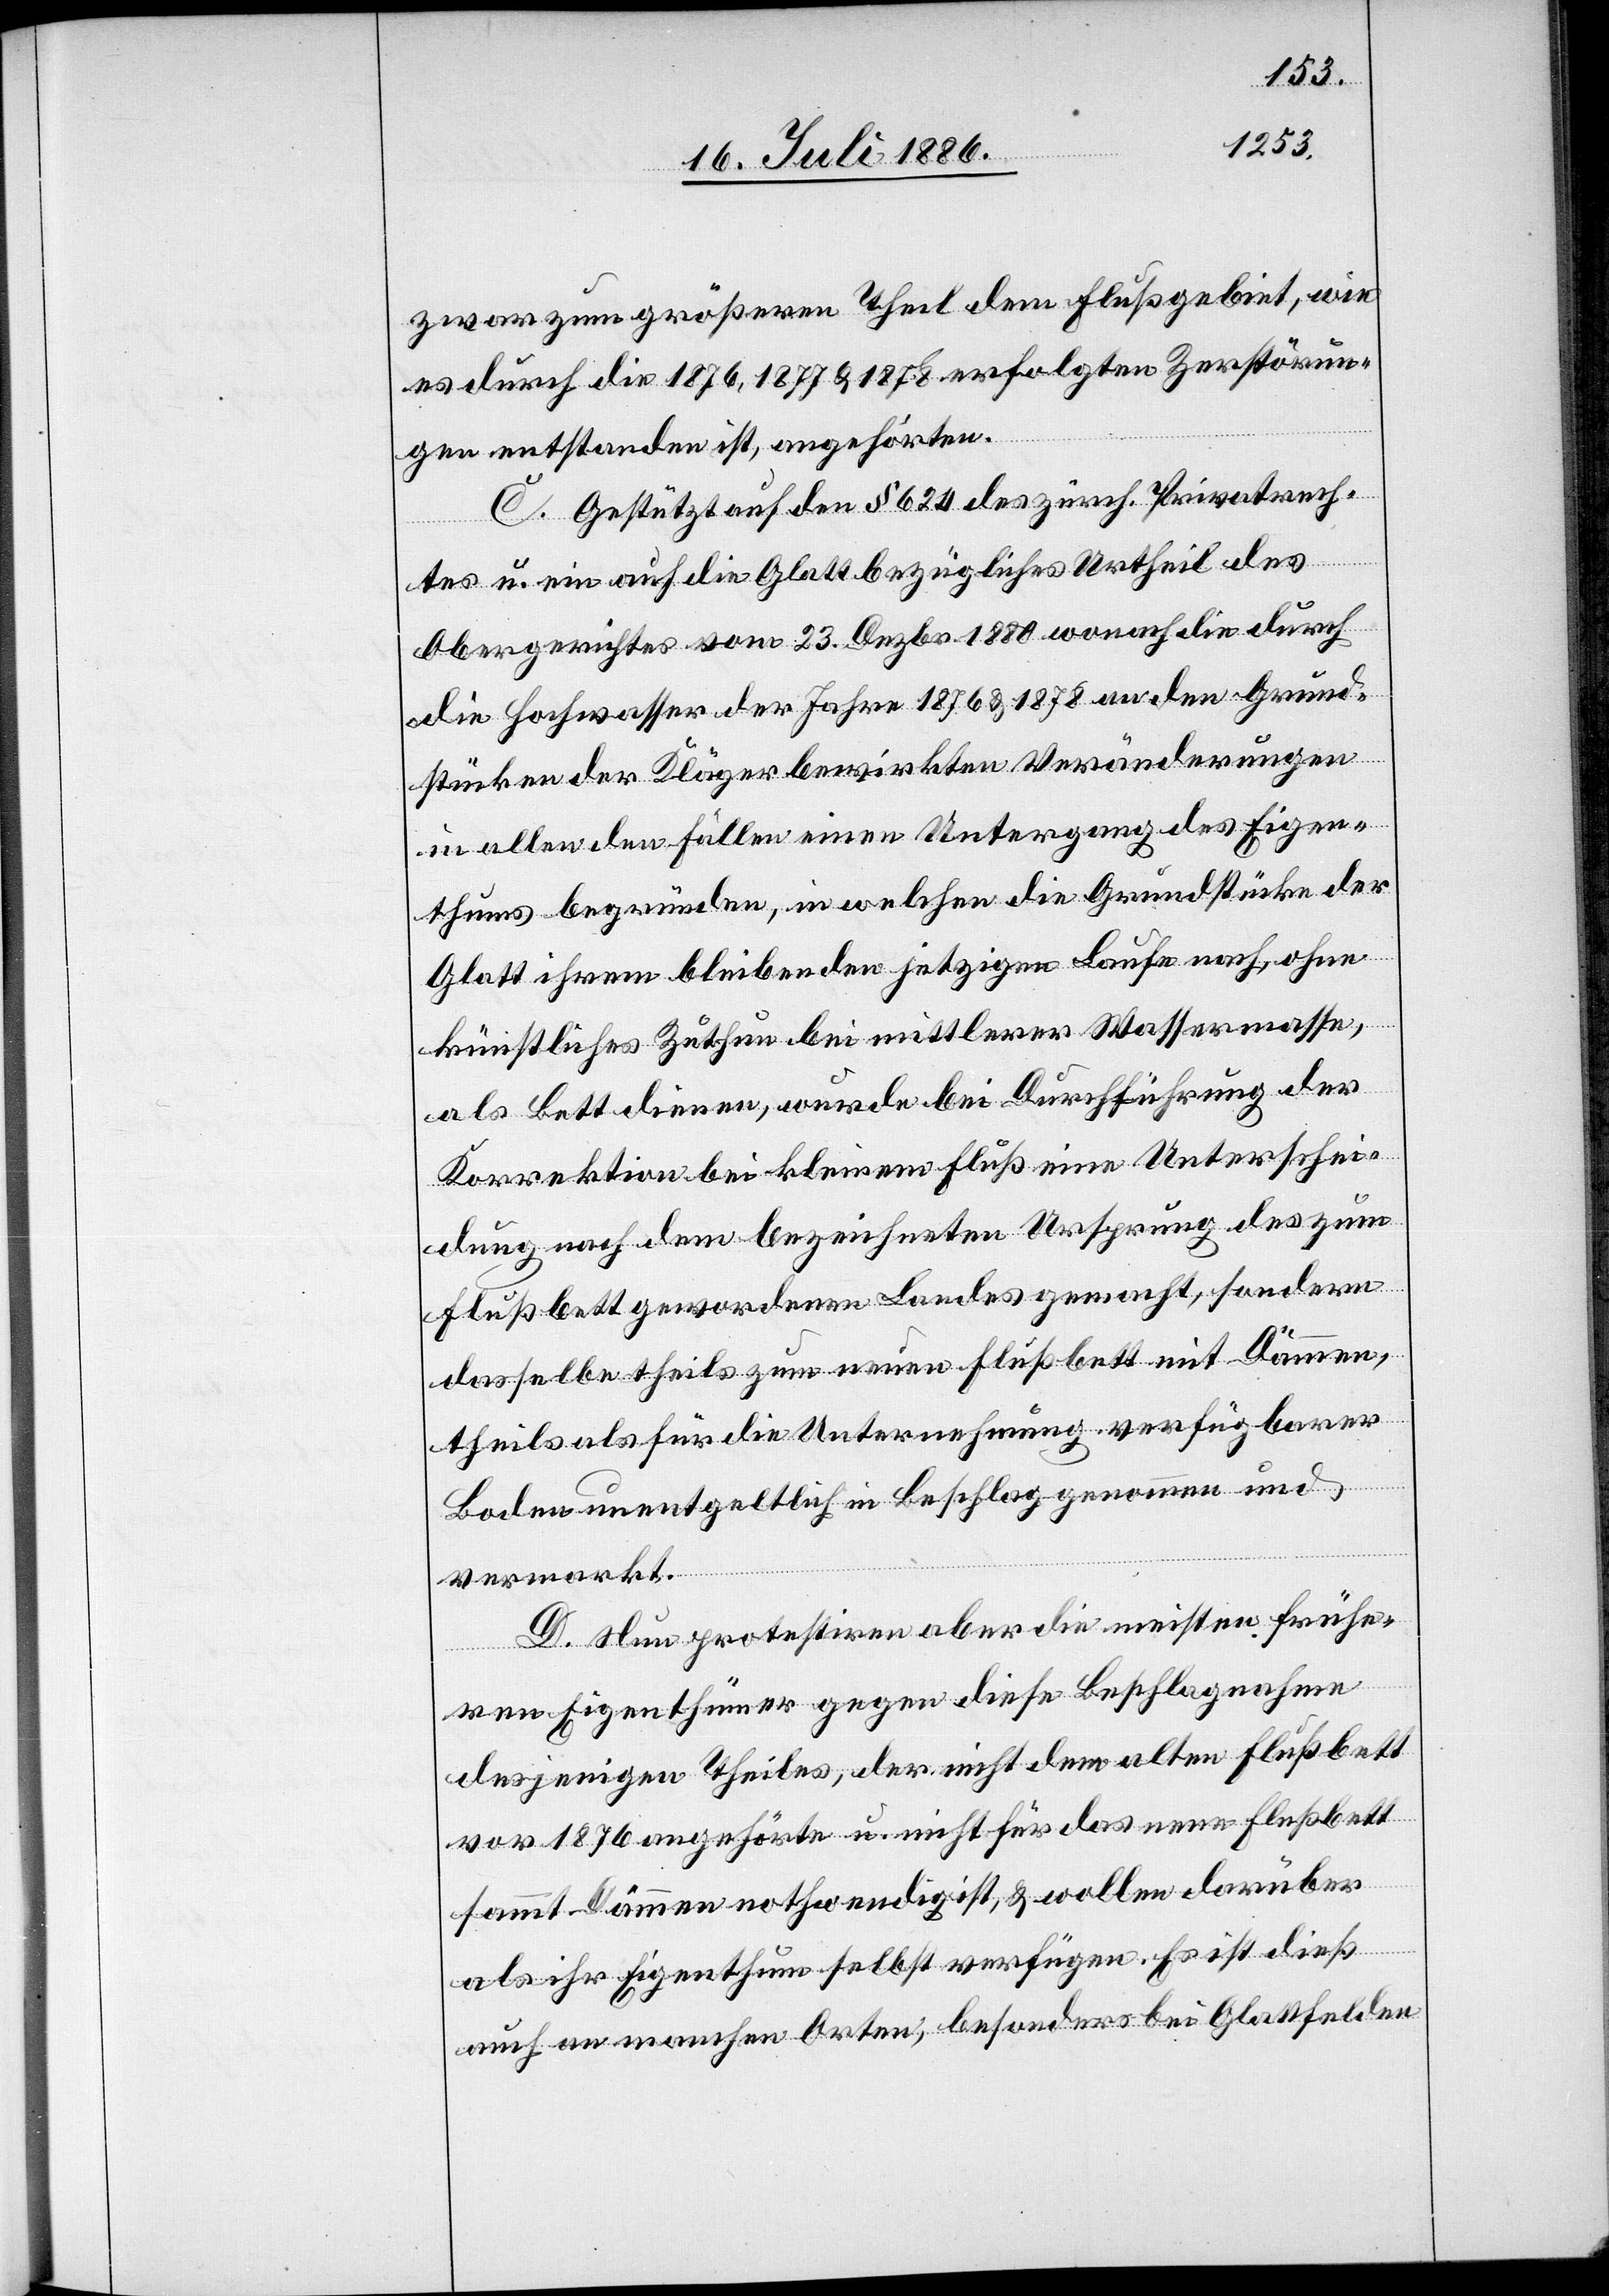
zwar zum größeren Theil dem Flußgebiet, wie
es durch die 1876, 1877 & 1878 erfolgten Zerstörun¬
gen entstanden ist, angehörten.
C. Gestützt auf den § 624 des zürch. Privatrech¬
tes u. ein auf die Glatt bezügliches Urtheil des
Obergerichtes vom 23. Dezbr. 1880 wonach die durch
die Hochwasser der Jahre 1876 & 1878 an den Grund¬
stücken der Kläger bewirkten Veränderungen
in allen den Fällen einen Untergang des Eigen¬
thums begründen, in welchen die Grundstücke der
Glatt ihrem bleibenden jetzigen Lauf nach, ohne
künstliches Zuthun bei mittlerer Wassermasse,
als Bett dienen, wurde bei Durchführung der
Korrektion bei kleinem Fluß eine Unterschei¬
dung nach dem bezeichneten Ursprung des zum
Flußbett gewordenen Landes gemacht, sondern
dasselbe theils zum neuen Flußbett mit Dämmen,
theils als für die Unternehmung verfügbarer
Boden unentgeltlich in Beschlag genommen und
vermarkt
D. Nun protestiren aber die meisten frühe¬
ren Eigenthümer gegen diese Beschlagnahme
desjenigen Theiles, der nicht dem alten Flußbett
vor 1876 angehörte u. nicht für das neue Flußbett
sammt Dämmen nothwendig ist, & wollen darüber
als ihr Eigenthum selbst verfügen. Es ist dieß
auch an manchen Orten, besonders bei Glattfelden